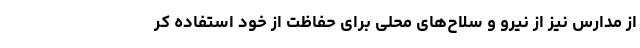
از مدارس نیز از نیرو و سلاح‌های محلی برای حفاظت از خود استفاده کر